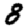
Digit: 8